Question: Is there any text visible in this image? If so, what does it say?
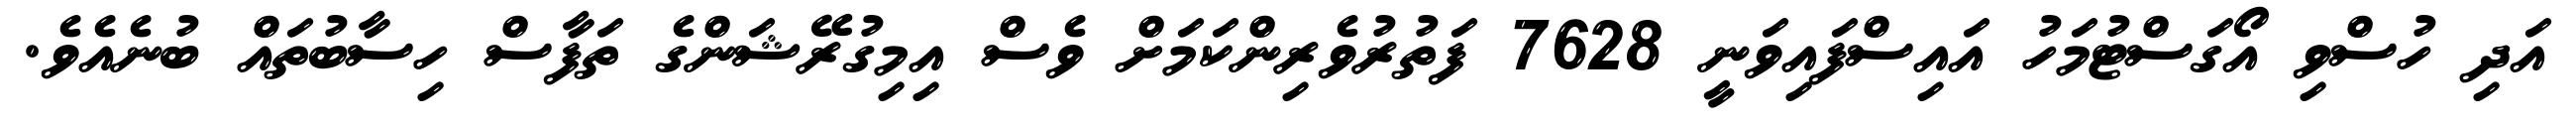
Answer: އަދި ހުސްވި އޯގަސްޓުމަހު އައިސްފައިވަނީ 7628 ފަތުރުވެރިންކަމަށް ވެސް އިމިގުރޭޝަންގެ ތަފާސް ހިސާބުތައް ބުނެއެވެ.